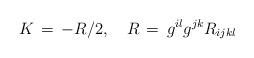
LaTeX: \begin{align*}K\,=\,-R/2, \quad R\,=\,g^{il}g^{jk}R_{ijkl}\end{align*}